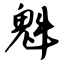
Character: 魁